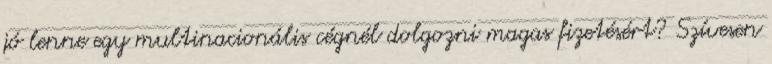
jó lenne egy multinacionális cégnél dolgozni magas fizetésért? Szívesen